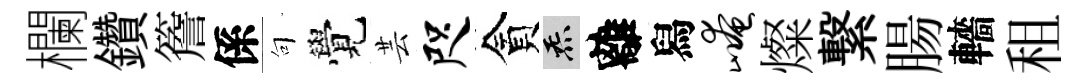
欄鑽簷係句覺芸咫貪炁離舄崦燦繋腸轖租